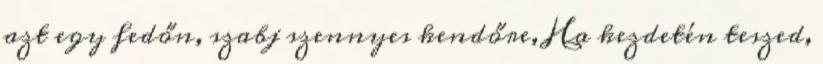
azt egy fedőn, szabj szennyes kendőre, Ha kezdetén teszed,